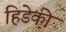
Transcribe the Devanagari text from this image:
हिडेकी